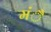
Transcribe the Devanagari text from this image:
मंै